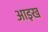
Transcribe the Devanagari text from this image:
आइख